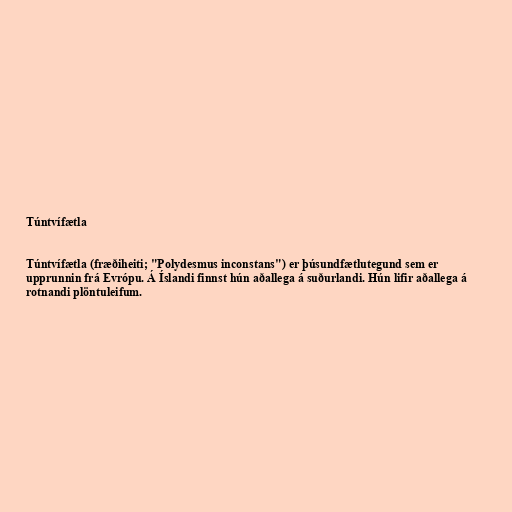
Túntvífætla

Túntvífætla (fræðiheiti; "Polydesmus inconstans") er þúsundfætlutegund sem er
upprunnin frá Evrópu. Á Íslandi finnst hún aðallega á suðurlandi. Hún lifir aðallega á
rotnandi plöntuleifum.